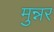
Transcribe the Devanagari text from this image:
मुन्नर